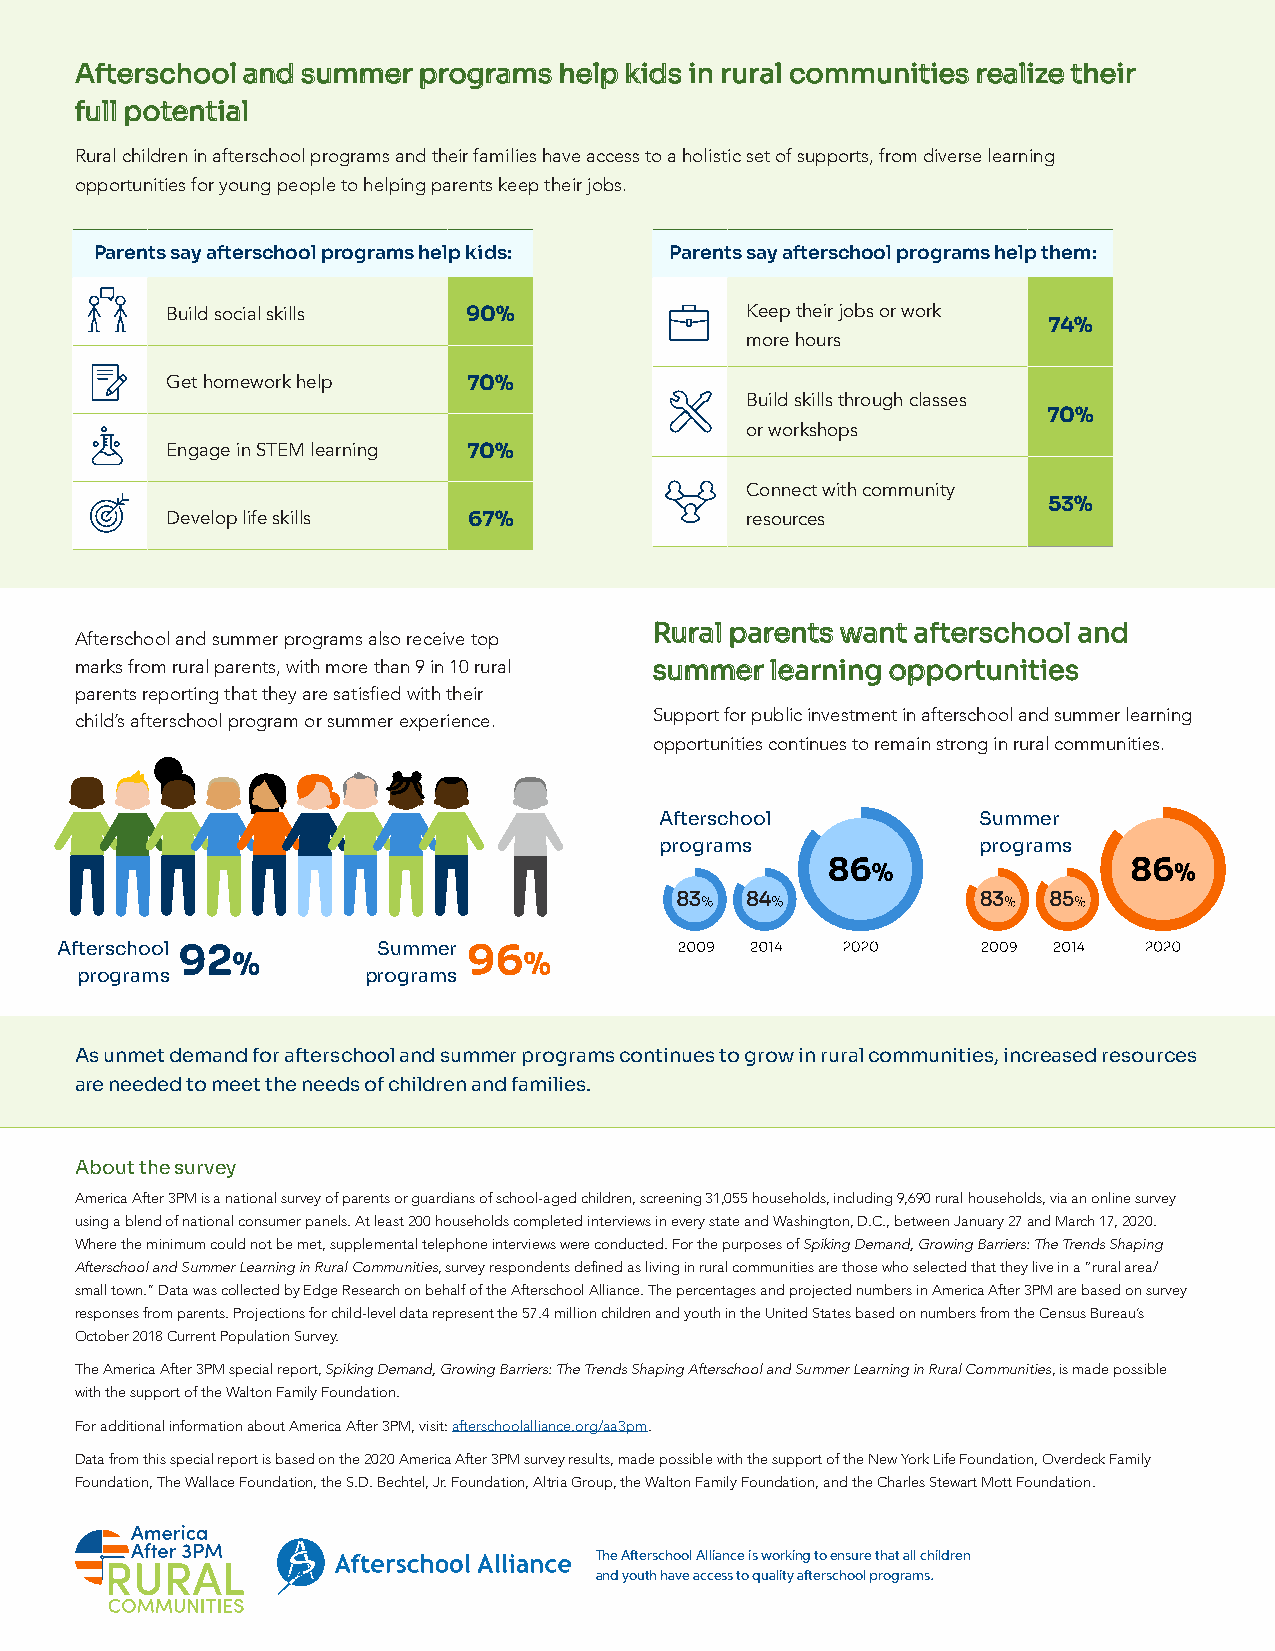
AAfftteerrsscchhooooll aanndd ssuummmmeerr pprrooggrraammss hheellpp kkiiddss iinn rruurraall ccoommmmuunniittiieess rreeaalliizzee tthheeiirr
 ffuullll ppootteennttiiaall
 Rural children in afterschool programs and their families have access to a holistic set of supports, from diverse learning
 opportunities for young people to helping parents keep their jobs.
 Parents say afterschool programs help kids: Parents say afterschool programs help them:
 Build social skills 90%               Keep their jobs or work
 74%
 more hours
 Get homework help   70%
 Build skills through classes
 70%
 or workshops
 Engage in STEM learning 70%
 Connect with community
 53%
 Develop life skills 67%               resources
 RRuurraall ppaarreennttss wwaanntt aafftteerrsscchhooooll aanndd
 Afterschool and summer programs also receive top
 marks from rural parents, with more than 9 in 10 rural ssuummmmeerr lleeaarrnniinngg ooppppoorrttuunniittiieess
 parents reporting that they are satisfied with their
 child’s afterschool program or summer experience. Support for public investment in afterschool and summer learning
 opportunities continues to remain strong in rural communities.
 Afterschool          Summer
 programs             programs
 8833 8844           8833 8855
 Afterschool          Summer
 programs           programs
 As unmet demand for afterschool and summer programs continues to grow in rural communities, increased resources
 are needed to meet the needs of children and families.
 About the survey
 America After 3PM is a national survey of parents or guardians of school-aged children, screening 31,055 households, including 9,690 rural households, via an online survey
 using a blend of national consumer panels. At least 200 households completed interviews in every state and Washington, D.C., between January 27 and March 17, 2020.
 Where the minimum could not be met, supplemental telephone interviews were conducted. For the purposes of Spiking Demand, Growing Barriers: The Trends Shaping
 Afterschool and Summer Learning in Rural Communities, survey respondents defined as living in rural communities are those who selected that they live in a “rural area/
 small town.” Data was collected by Edge Research on behalf of the Afterschool Alliance. The percentages and projected numbers in America After 3PM are based on survey
 responses from parents. Projections for child-level data represent the 57.4 million children and youth in the United States based on numbers from the Census Bureau’s
 October 2018 Current Population Survey.
 The America After 3PM special report, Spiking Demand, Growing Barriers: The Trends Shaping Afterschool and Summer Learning in Rural Communities, is made possible
 with the support of the Walton Family Foundation.
 For additional information about America After 3PM, visit: afterschoolalliance.org/aa3pm.
 Data from this special report is based on the 2020 America After 3PM survey results, made possible with the support of the New York Life Foundation, Overdeck Family
 Foundation, The Wallace Foundation, the S.D. Bechtel, Jr. Foundation, Altria Group, the Walton Family Foundation, and the Charles Stewart Mott Foundation.
 The Afterschool Alliance is working to ensure that all children
 and youth have access to quality afterschool programs.
 48
 91